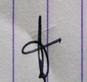
Signature authenticity: genuine